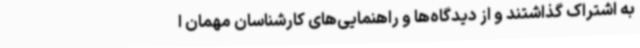
به اشتراک گذاشتند و از دیدگاه‌ها و راهنمایی‌های کارشناسان مهمان ا